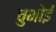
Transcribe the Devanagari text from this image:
चुभोई